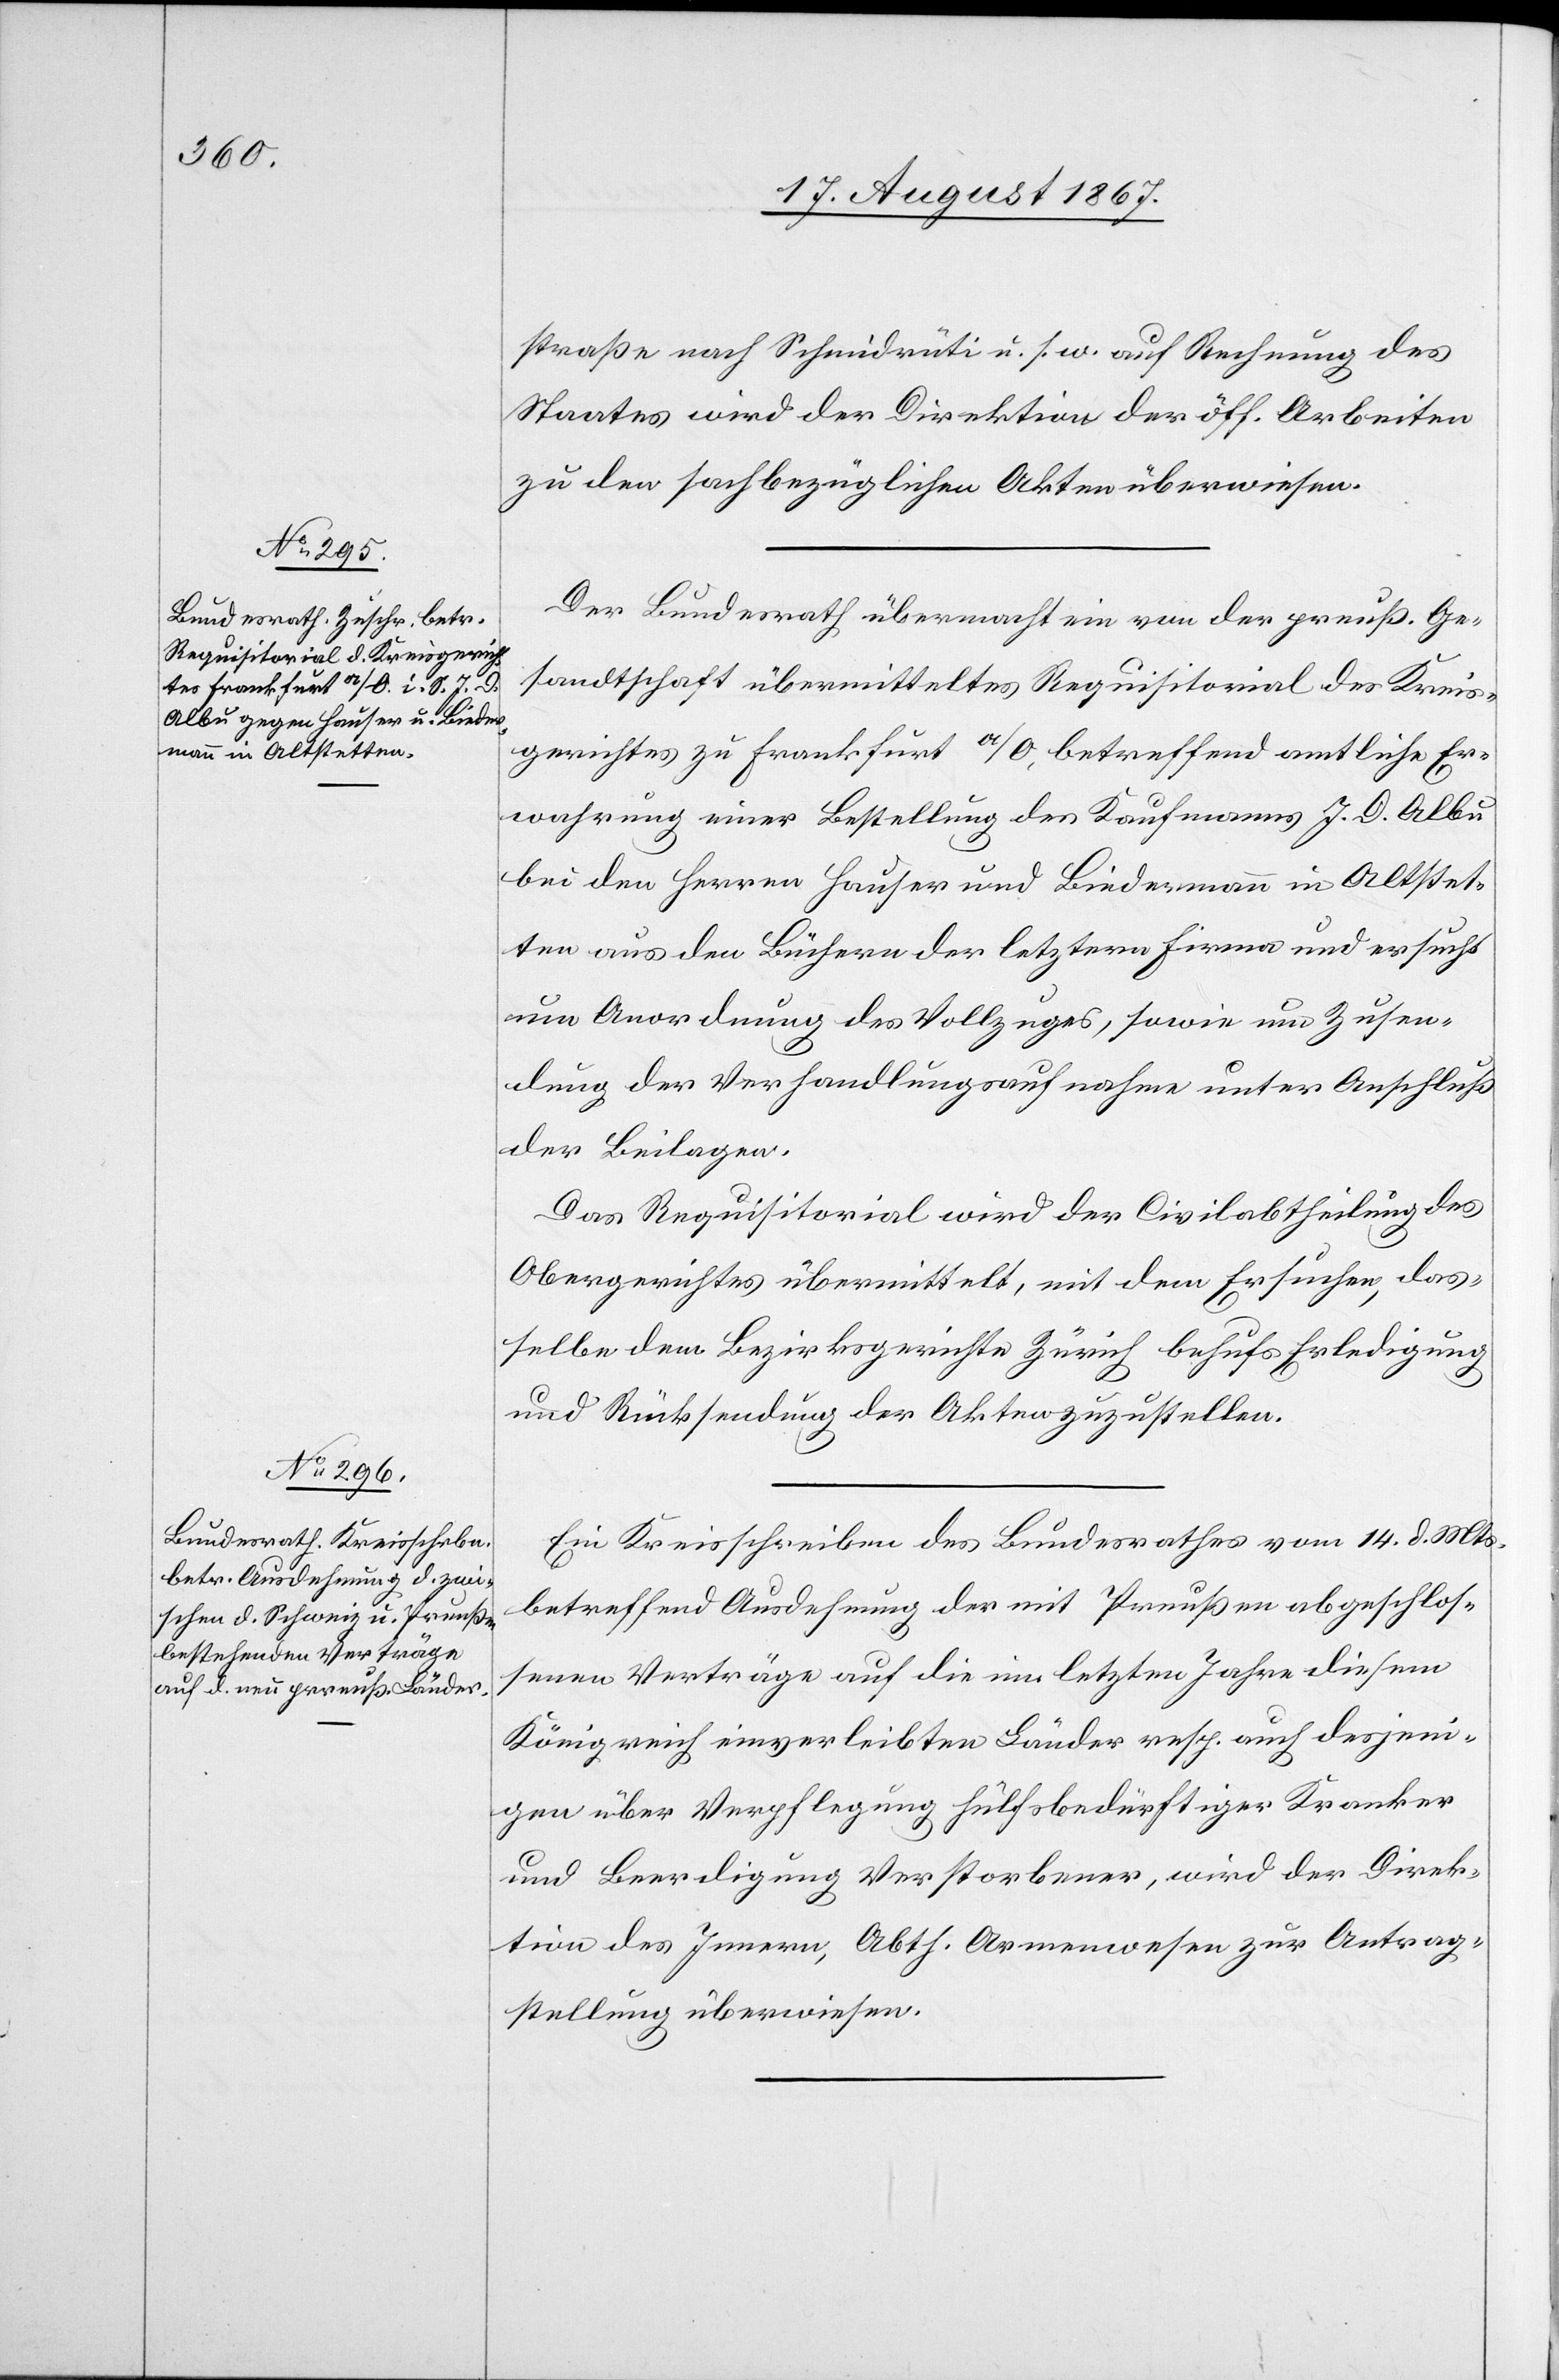
20. August 1867.]
straße nach Schmiedrüti u. s. w. auf Rechnung des
Staates wird der Direktion der öff. Arbeiten
zu den sachbezüglichen Akten überwiesen.
Der Bundesrath übermacht ein von der preuß. Ge¬
sandtschaft übermittelten Requisitorial des Kreis¬
gerichtes zu Frankfurt a/O., betreffend amtliche Er¬
wahrung einer Bestellung des Kaufmanns J. D. Albu
bei den Herren Hauser und Biedermann in Altstet¬
ten aus den Büchern der letztern Firma und ersucht
um Anordnung des Vollzuges, sowie um Zusen¬
dung der Verhandlungsaufnahme unter Anschluß
der Beilagen.
Das Requisitorial wird der Civilabtheilung des
Obergerichtes übermittelt, mit dem Ersuchen, das¬
selbe dem Bezirksgerichte Zürich behufs Erledigung
und Rücksendung der Akten zuzustellen.
Ein Kreisschreiben des Bundesrathes vom 14. d. Mts.
betreffend Ausdehnung der mit Preußen abgeschlos¬
senen Verträge auf die im letzten Jahre diesem
Königreich einverleibten Länder resp. auch desjeni¬
gen über Verpflegung hülfsbedürftiger Kranker
und Beerdigung Verstorbener, wird der Direk¬
tion des Innern, Abth. Armenwesen zur Antrag¬
stellung überwiesen.